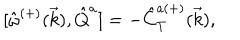
LaTeX: { [ } \hat { \omega } ^ { ( + ) } ( \vec { k } ) , \hat { Q } ^ { a } ] = - \hat { C } _ { T } ^ { a ( + ) } ( \vec { k } ) ,